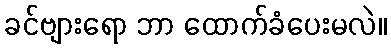
ခင်ဗျားရော ဘာ ထောက်ခံပေးမလဲ။